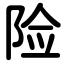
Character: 险